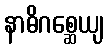
နာဓိဂစ္ဆေယျ